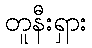
တူနီးရှား